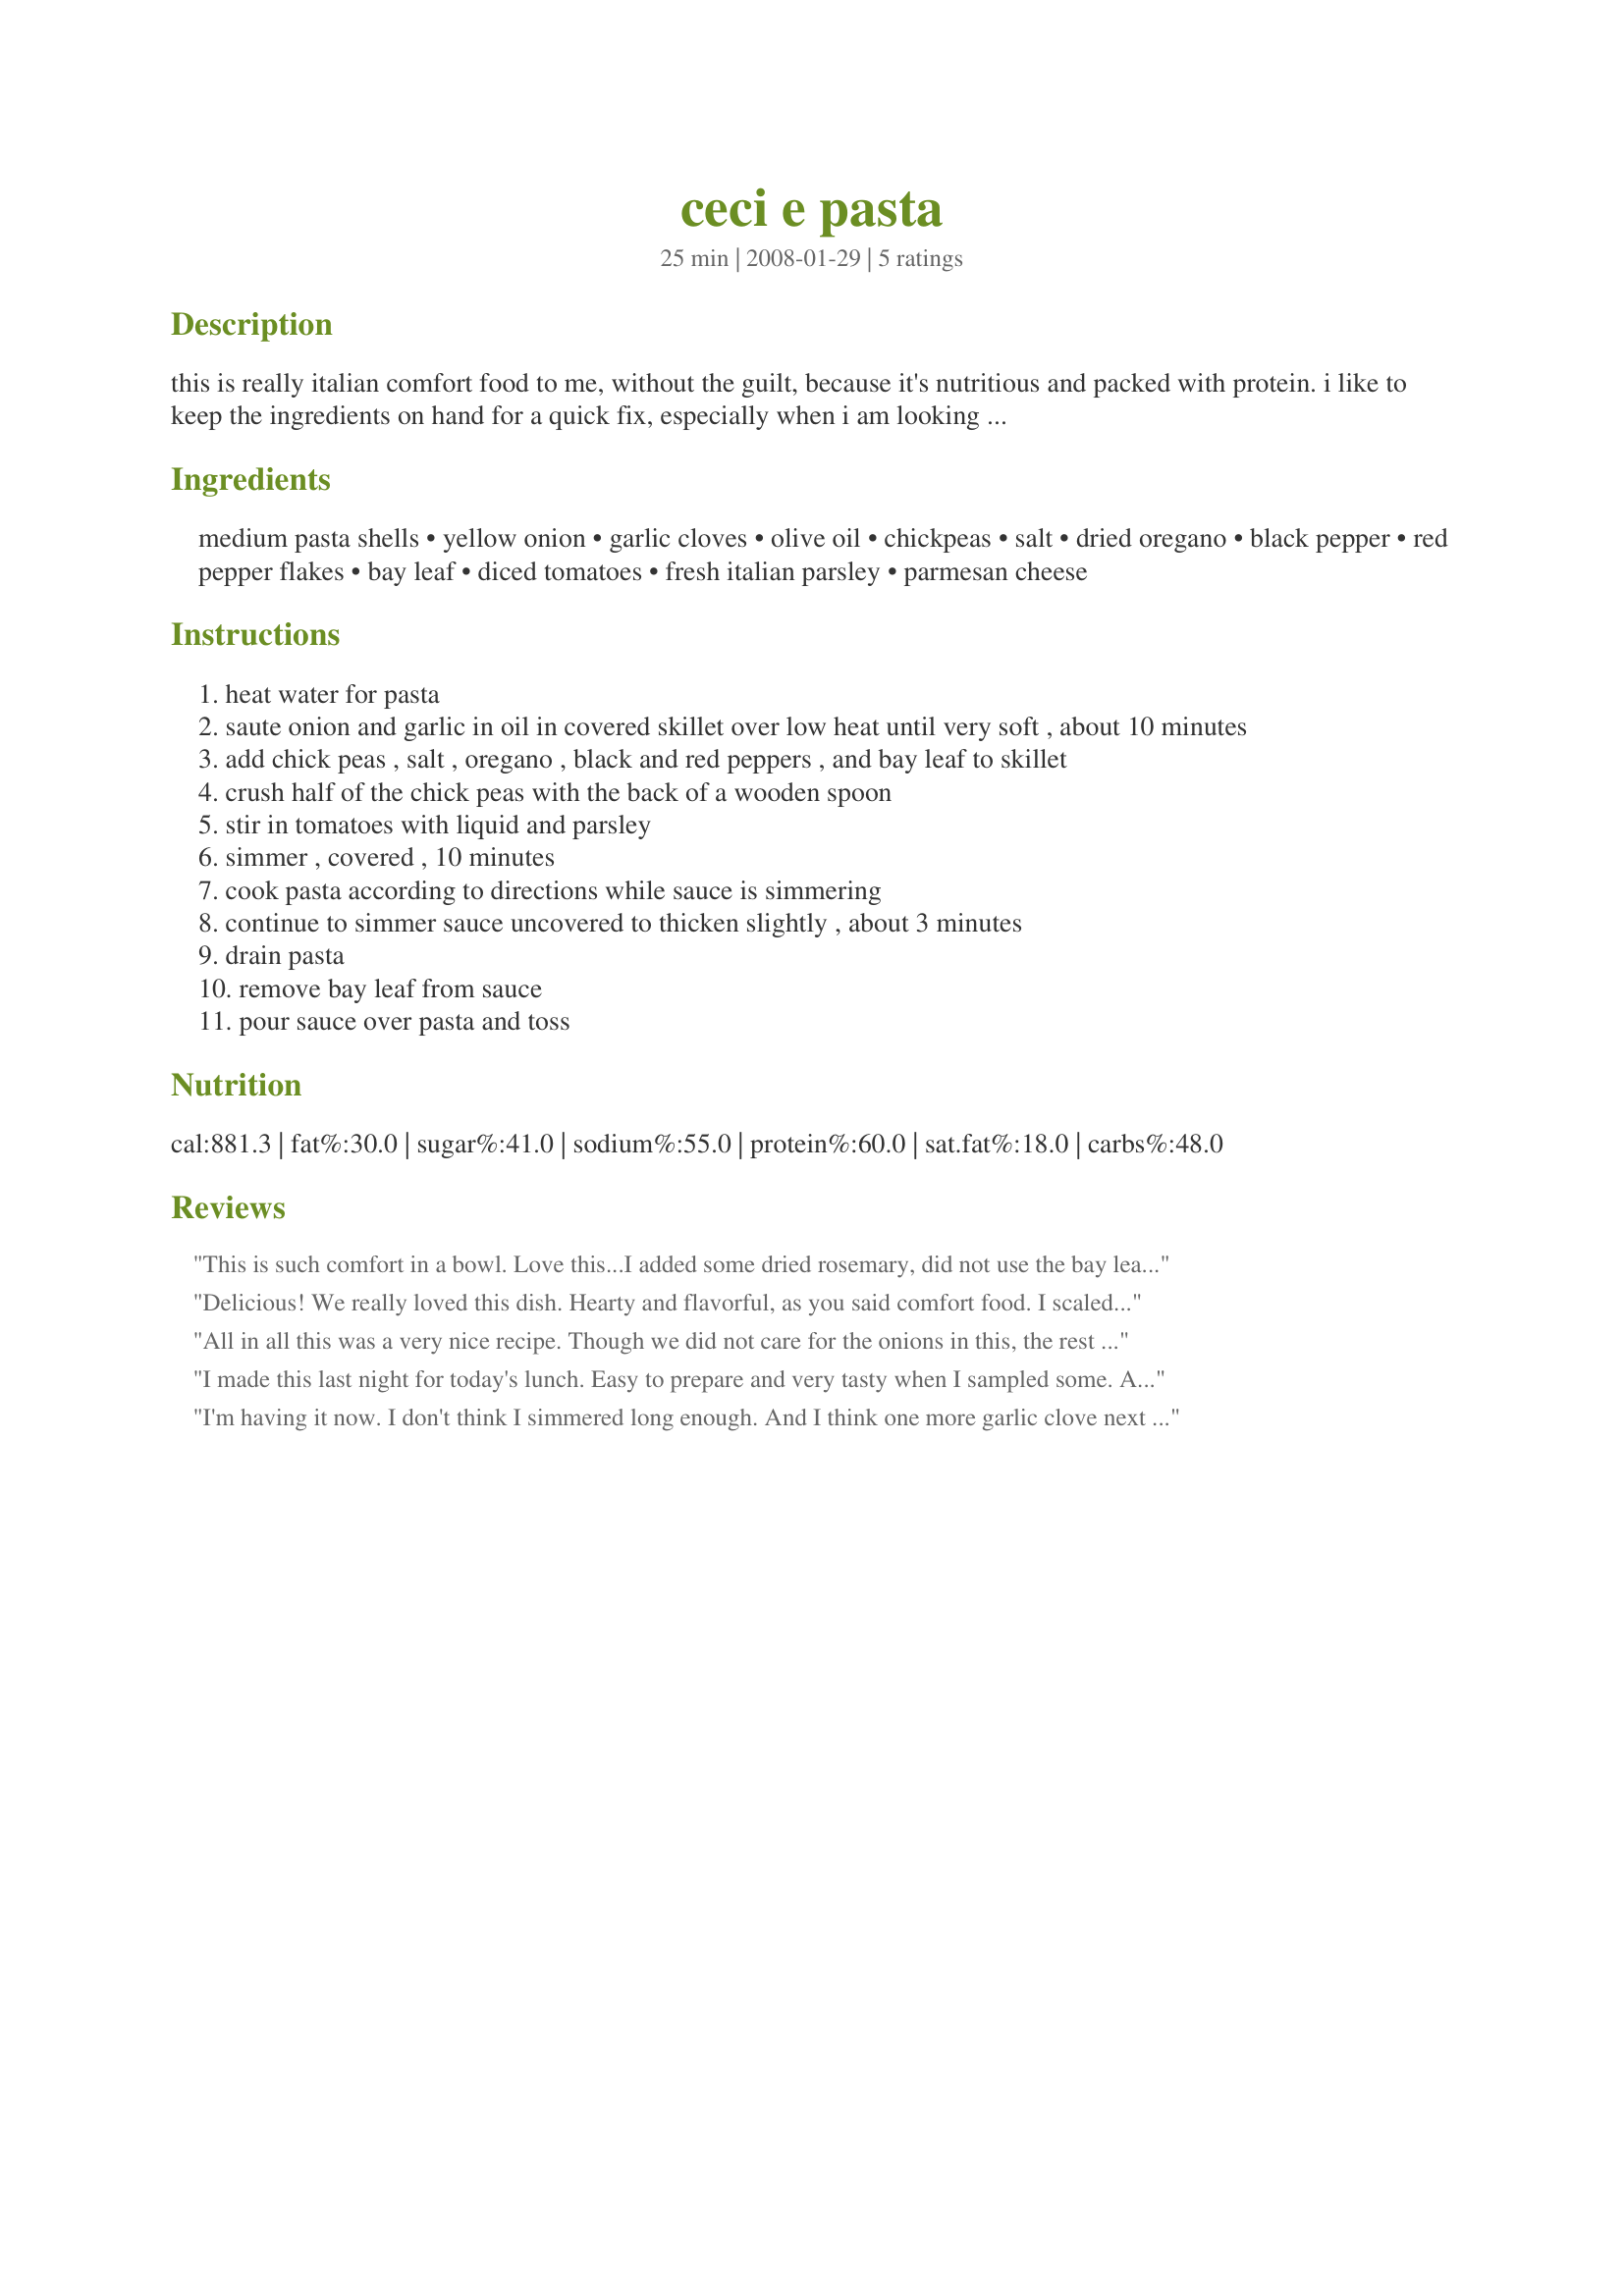
ceci e pasta
Preparation time: 25 minutes

this is really italian comfort food to me, without the guilt, because it's nutritious and packed with protein. i like to keep the ingredients on hand for a quick fix, especially when i am looking to forego meat.

Ingredients:
medium pasta shells, yellow onion, garlic cloves, olive oil, chickpeas, salt, dried oregano, black pepper, red pepper flakes, bay leaf, diced tomatoes, fresh italian parsley, parmesan cheese

Steps:
heat water for pasta
saute onion and garlic in oil in covered skillet over low heat until very soft , about 10 minutes
add chick peas , salt , oregano , black and red peppers , and bay leaf to skillet
crush half of the chick peas with the back of a wooden spoon
stir in tomatoes with liquid and parsley
simmer , covered , 10 minutes
cook pasta according to directions while sauce is simmering
continue to simmer sauce uncovered to thicken slightly , about 3 minutes
drain pasta
remove bay leaf from sauce
pour sauce over pasta and toss

Reviews:
This is such comfort in a bowl. Love this...I added some dried rosemary, did not use the bay leaf (personal pereference) and added about 1/2 teaspoon Italian seasoning as well. Used a 28 oz. can crushed tomatoes instead of the diced...don't like tomato pieces or chunks as much as the consistency they provide. This is the second time I've made this soup in 5 days. It rocks. And it smells incredible while cooking. Thanks for sharing this wonderful yet simple recipe that comes together in no time at all.
Delicious! We really loved this dish. Hearty and flavorful, as you said comfort food. I scaled to 2 servings and used some fresh cherry tomatoes that I chopped in the food processor with a little chicken broth (so it would have some liquid as canned tomatoes would). I had a partial bag of shell pasta and another of whole wheat rotini so I just used those together. Loved this - thanks for sharing the recipe!
All in all this was a very nice recipe. Though we did not care for the onions in this, the rest of the ingredients made for a nice side to dinner. Made this as posted. I did use diced tomatoes, and to us they worked out fine. This will be saved as my significant other, and kids wish to have this again, though without the onions. I am giving this a 5 star, my DS, and one of my kids did pick out the onions and gave it thumbs up. Tagged and made for PRMR Tag.
I made this last night for today's lunch. Easy to prepare and very tasty when I sampled some. And satisfying to know that it has healthy ingredients. I omitted the red pepper flakes (personal taste preference) and added some cumin. Next time, I think I'll add some spinach. Thanks for sharing this recipe, Jackie!
I'm having it now. I don't think I simmered long enough. And I think one more garlic clove next time. It's ok, but ... maybe crushed tomatoes like the other reviewer said. An all I have is the cheap parmesan. Wll use better quality next time. That helps everything. Thanks.
